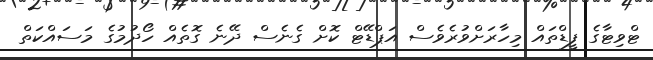
ޓްވިޓާގެ ފީޑްތައް މިހާރަށްވުރެވެސް އަޕްޑޭޓް ކޮށް ގެނެސް ދޭނެ ގޮތެއް ހޯދުމުގެ މަސައްކަތް